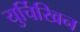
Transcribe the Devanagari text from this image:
युर्चिखिन